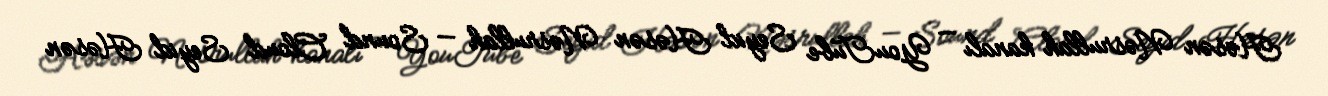
Həsən Nəsrullah kanalı — YouTube Seyid Həsən Nəsrullah — Sound Cloud Seyid Həsən